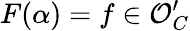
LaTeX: F(\alpha)=f\in{\mathcal{O}}_{C}^{\prime}